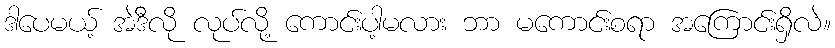
ဒါပေမယ့် အဲဒီလို လုပ်လို့ ကောင်းပါ့မလား ဘာ မကောင်းစရာ အကြောင်းရှိလဲ။